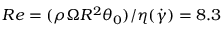
R e = ( \rho \Omega R ^ { 2 } \theta _ { 0 } ) / \eta ( \Dot { \gamma } ) = 8 . 3